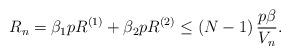
LaTeX: \begin{align*}R_n = \beta_1 p R^{(1)} + \beta_2 p R^{(2)} \leq \left(N-1\right)\dfrac{p\beta }{V_n}.\end{align*}